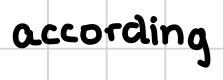
Text: according
Cross-out: clean
Writing tool: digital_black